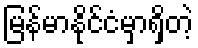
မြန်မာနိုင်ငံမှာရှိတဲ့